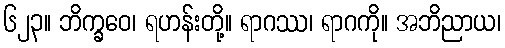
၆၂၃။ ဘိက္ခဝေ၊ ရဟန်းတို့။ ရာဂဿ၊ ရာဂကို။ အဘိညာယ၊